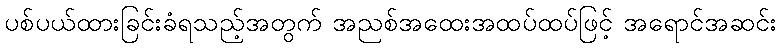
ပစ်ပယ်ထားခြင်းခံရသည့်အတွက် အညစ်အထေးအထပ်ထပ်ဖြင့် အရောင်အဆင်း